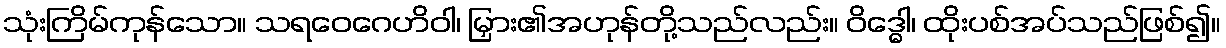
သုံးကြိမ်ကုန်သော။ သရဝေဂေဟိဝါ၊ မြှား၏အဟုန်တို့သည်လည်း။ ဝိဒ္ဓေါ၊ ထိုးပစ်အပ်သည်ဖြစ်၍။